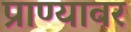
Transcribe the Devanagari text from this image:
प्राण्यावर